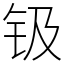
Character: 钑